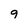
Character: 9